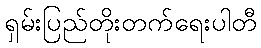
ရှမ်းပြည်တိုးတက်ရေးပါတီ